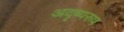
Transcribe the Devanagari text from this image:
अदृष्यरुप